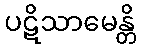
ပဋိသာမေန္တိ